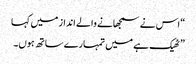
“ اس نے سمجھانے والے انداز میں کہا
” ٹھیک ہے میں تمہارے ساتھ ہوں۔